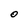
Character: O